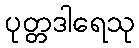
ပုတ္တဒါရေသု